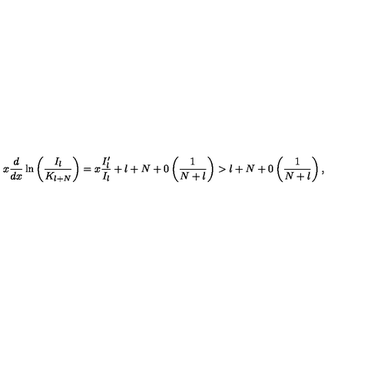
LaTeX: x \displaystyle \frac { d } { d x } \ln \left( \displaystyle \frac { I _ { l } } { K _ { l + N } } \right) = x \displaystyle \frac { I _ { l } ^ { \prime } } { I _ { l } } + l + N + 0 \left( \displaystyle \frac { 1 } { N + l } \right) > l + N + 0 \left( \displaystyle \frac { 1 } { N + l } \right) ,